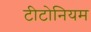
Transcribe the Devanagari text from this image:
टीटोनियम